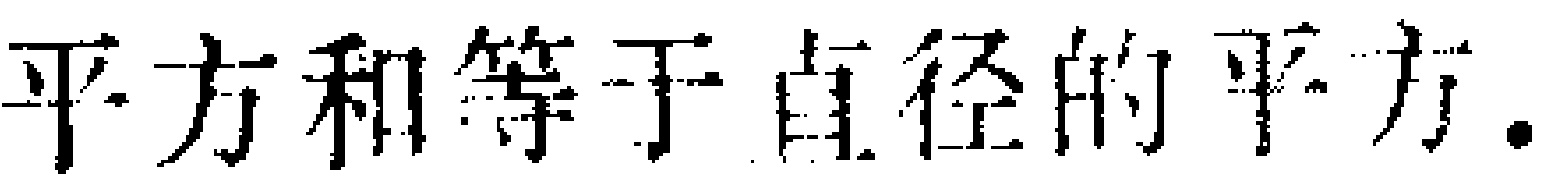
平方和等于直径的平方.